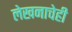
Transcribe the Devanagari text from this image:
लेखनाचेही